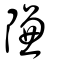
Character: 隒